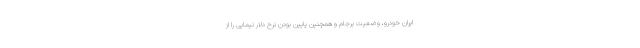
ایران خودرو، وضعیت برجام و همچنین پایین بودن نرخ دلار نیمایی را از